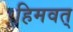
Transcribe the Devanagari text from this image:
हिमवत्